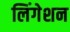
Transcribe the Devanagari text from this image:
लिंगेशन